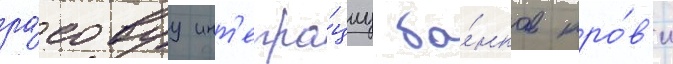
ра́совуу инт'егра́циу ба́нков кро́в'и